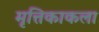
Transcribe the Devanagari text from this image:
मृत्तिकाकला